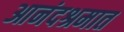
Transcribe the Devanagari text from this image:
आनंदश्रमात